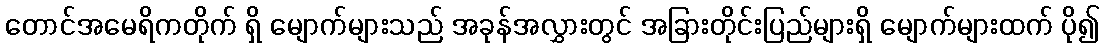
တောင်အမေရိကတိုက် ရှိ မျောက်များသည် အခုန်အလွှားတွင် အခြားတိုင်းပြည်များရှိ မျောက်များထက် ပို၍